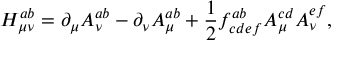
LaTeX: H _ { \mu \nu } ^ { a b } = \partial _ { \mu } A _ { \nu } ^ { a b } - \partial _ { \nu } A _ { \mu } ^ { a b } + \frac { 1 } { 2 } f _ { c d e f } ^ { a b } A _ { \mu } ^ { c d } A _ { \nu } ^ { e f } ,